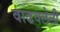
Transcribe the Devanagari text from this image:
वाढवलेली